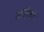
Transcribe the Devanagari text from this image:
पानीकी